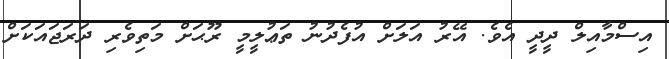
އިސްމާއިލް ދީދީ އެވެ. އޭރު އަލަށް އުފެދުނު ތަޢުލީމީ ރޫޙަށް މަތިވެރި ދަރަޖައަކަށް